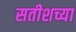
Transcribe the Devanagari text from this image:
सतीशच्या